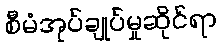
စီမံအုပ်ချုပ်မှုဆိုင်ရာ